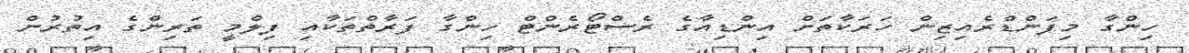
ހިންގާ މިފަންޑްރެއިޒިން ހަރަކާތަށް އިންޑިއާގެ ރެސްޓޯރެންޓް ހިންގާ ފަރާތްތަކާއި ފިލްމީ ތަރިންގެ އިތުރުން